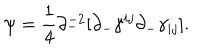
\psi = \frac { 1 } { 4 } \partial _ { - } ^ { - 2 } [ \partial _ { - } \gamma ^ { i j } \partial _ { - } \gamma _ { i j } ] .